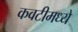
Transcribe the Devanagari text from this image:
कवटीमध्ये